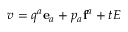
v = q ^ { a } \mathbf { e } _ { a } + p _ { a } \mathbf { f } ^ { a } + t E